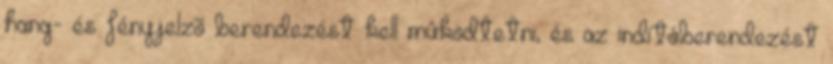
hang- és fényjelzõ berendezést kell mûködtetni, és az indítóberendezést